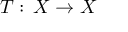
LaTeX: T : \, X \to X